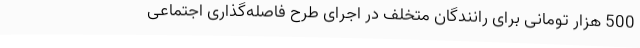
500 هزار تومانی برای رانندگان متخلف در اجرای طرح فاصله‌گذاری اجتماعی